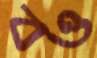
বও